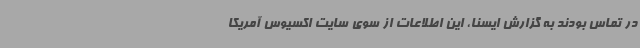
در تماس بودند به گزارش ایسنا، این اطلاعات از سوی سایت اکسیوس آمریکا